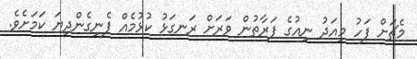
މެޗަށް ފަހު މިއަދު ނިއުގެ ފަރާތުން ވަރަށް ރަނގަޅު ކުޅުމެއް ފެނިގެންދިޔަ ކަމަށެވެ.